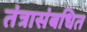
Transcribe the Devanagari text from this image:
तंत्रासंबधित